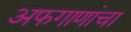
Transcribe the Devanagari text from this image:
अफगाणांचा